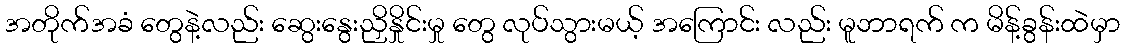
အတိုက်အခံ တွေနဲ့လည်း ဆွေးနွေးညှိနှိုင်းမှု တွေ လုပ်သွားမယ့် အကြောင်း လည်း မူဘာရက် က မိန့်ခွန်းထဲမှာ